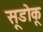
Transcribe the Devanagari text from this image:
सूडोकू